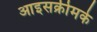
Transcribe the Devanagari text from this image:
आइसक्रीमके